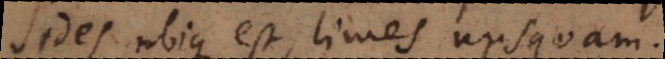
sedes ubique est, limes nusquam.